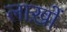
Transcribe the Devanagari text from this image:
लाख़ों